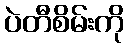
ပဲတီစိမ်းကို